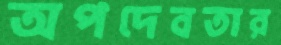
অপদেবতার